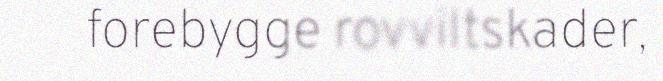
forebygge rovviltskader,